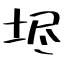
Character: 𡋤